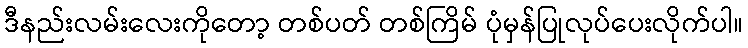
ဒီနည်းလမ်းလေးကိုတော့ တစ်ပတ် တစ်ကြိမ် ပုံမှန်ပြုလုပ်ပေးလိုက်ပါ။